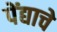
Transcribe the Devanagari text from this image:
पेंद्याचे